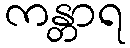
ကန္တာရ